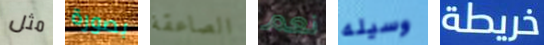
مثل بصورة الصاعقة نعم وسيله خريطة